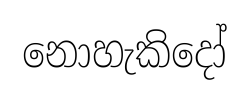
නොහැකිදෝ